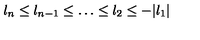
l _ { n } \le l _ { n - 1 } \le \ldots \le l _ { 2 } \le - | l _ { 1 } |